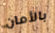
بالأمان